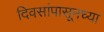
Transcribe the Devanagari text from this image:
दिवसांपासूनच्या